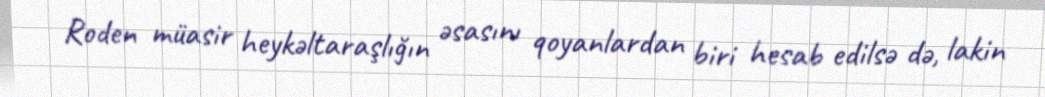
Roden müasir heykəltaraşlığın əsasını qoyanlardan biri hesab edilsə də, lakin